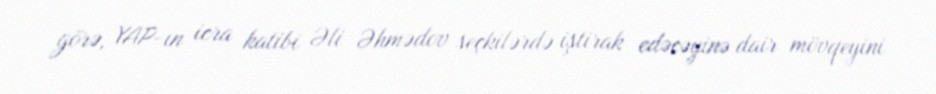
görə, YAP-ın icra katibi Əli Əhmədov seçkilərdə iştirak edəcəyinə dair mövqeyini